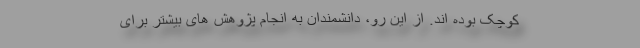
کوچک بوده اند. از این رو، دانشمندان به انجام پژوهش های بیشتر برای